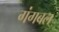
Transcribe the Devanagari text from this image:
गंगबल